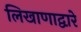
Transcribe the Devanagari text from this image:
लिखाणाद्वारे